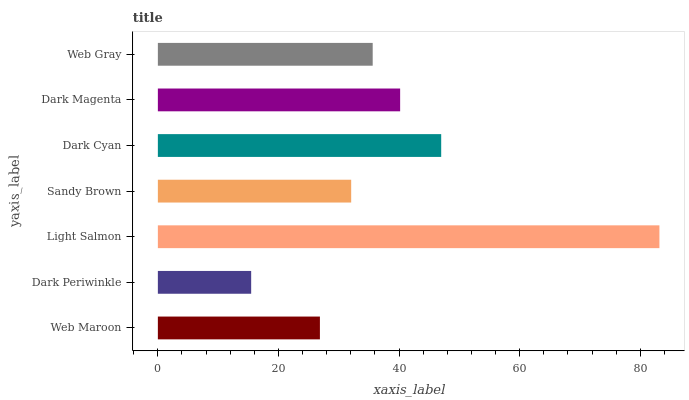
| yaxis_label | bars |
 | --- | --- |
 | Web Maroon | 26.9 |
 | Dark Periwinkle | 15.5 |
 | Light Salmon | 83.2 |
 | Sandy Brown | 32.1 |
 | Dark Cyan | 47 |
 | Dark Magenta | 40.2 |
 | Web Gray | 35.6 |